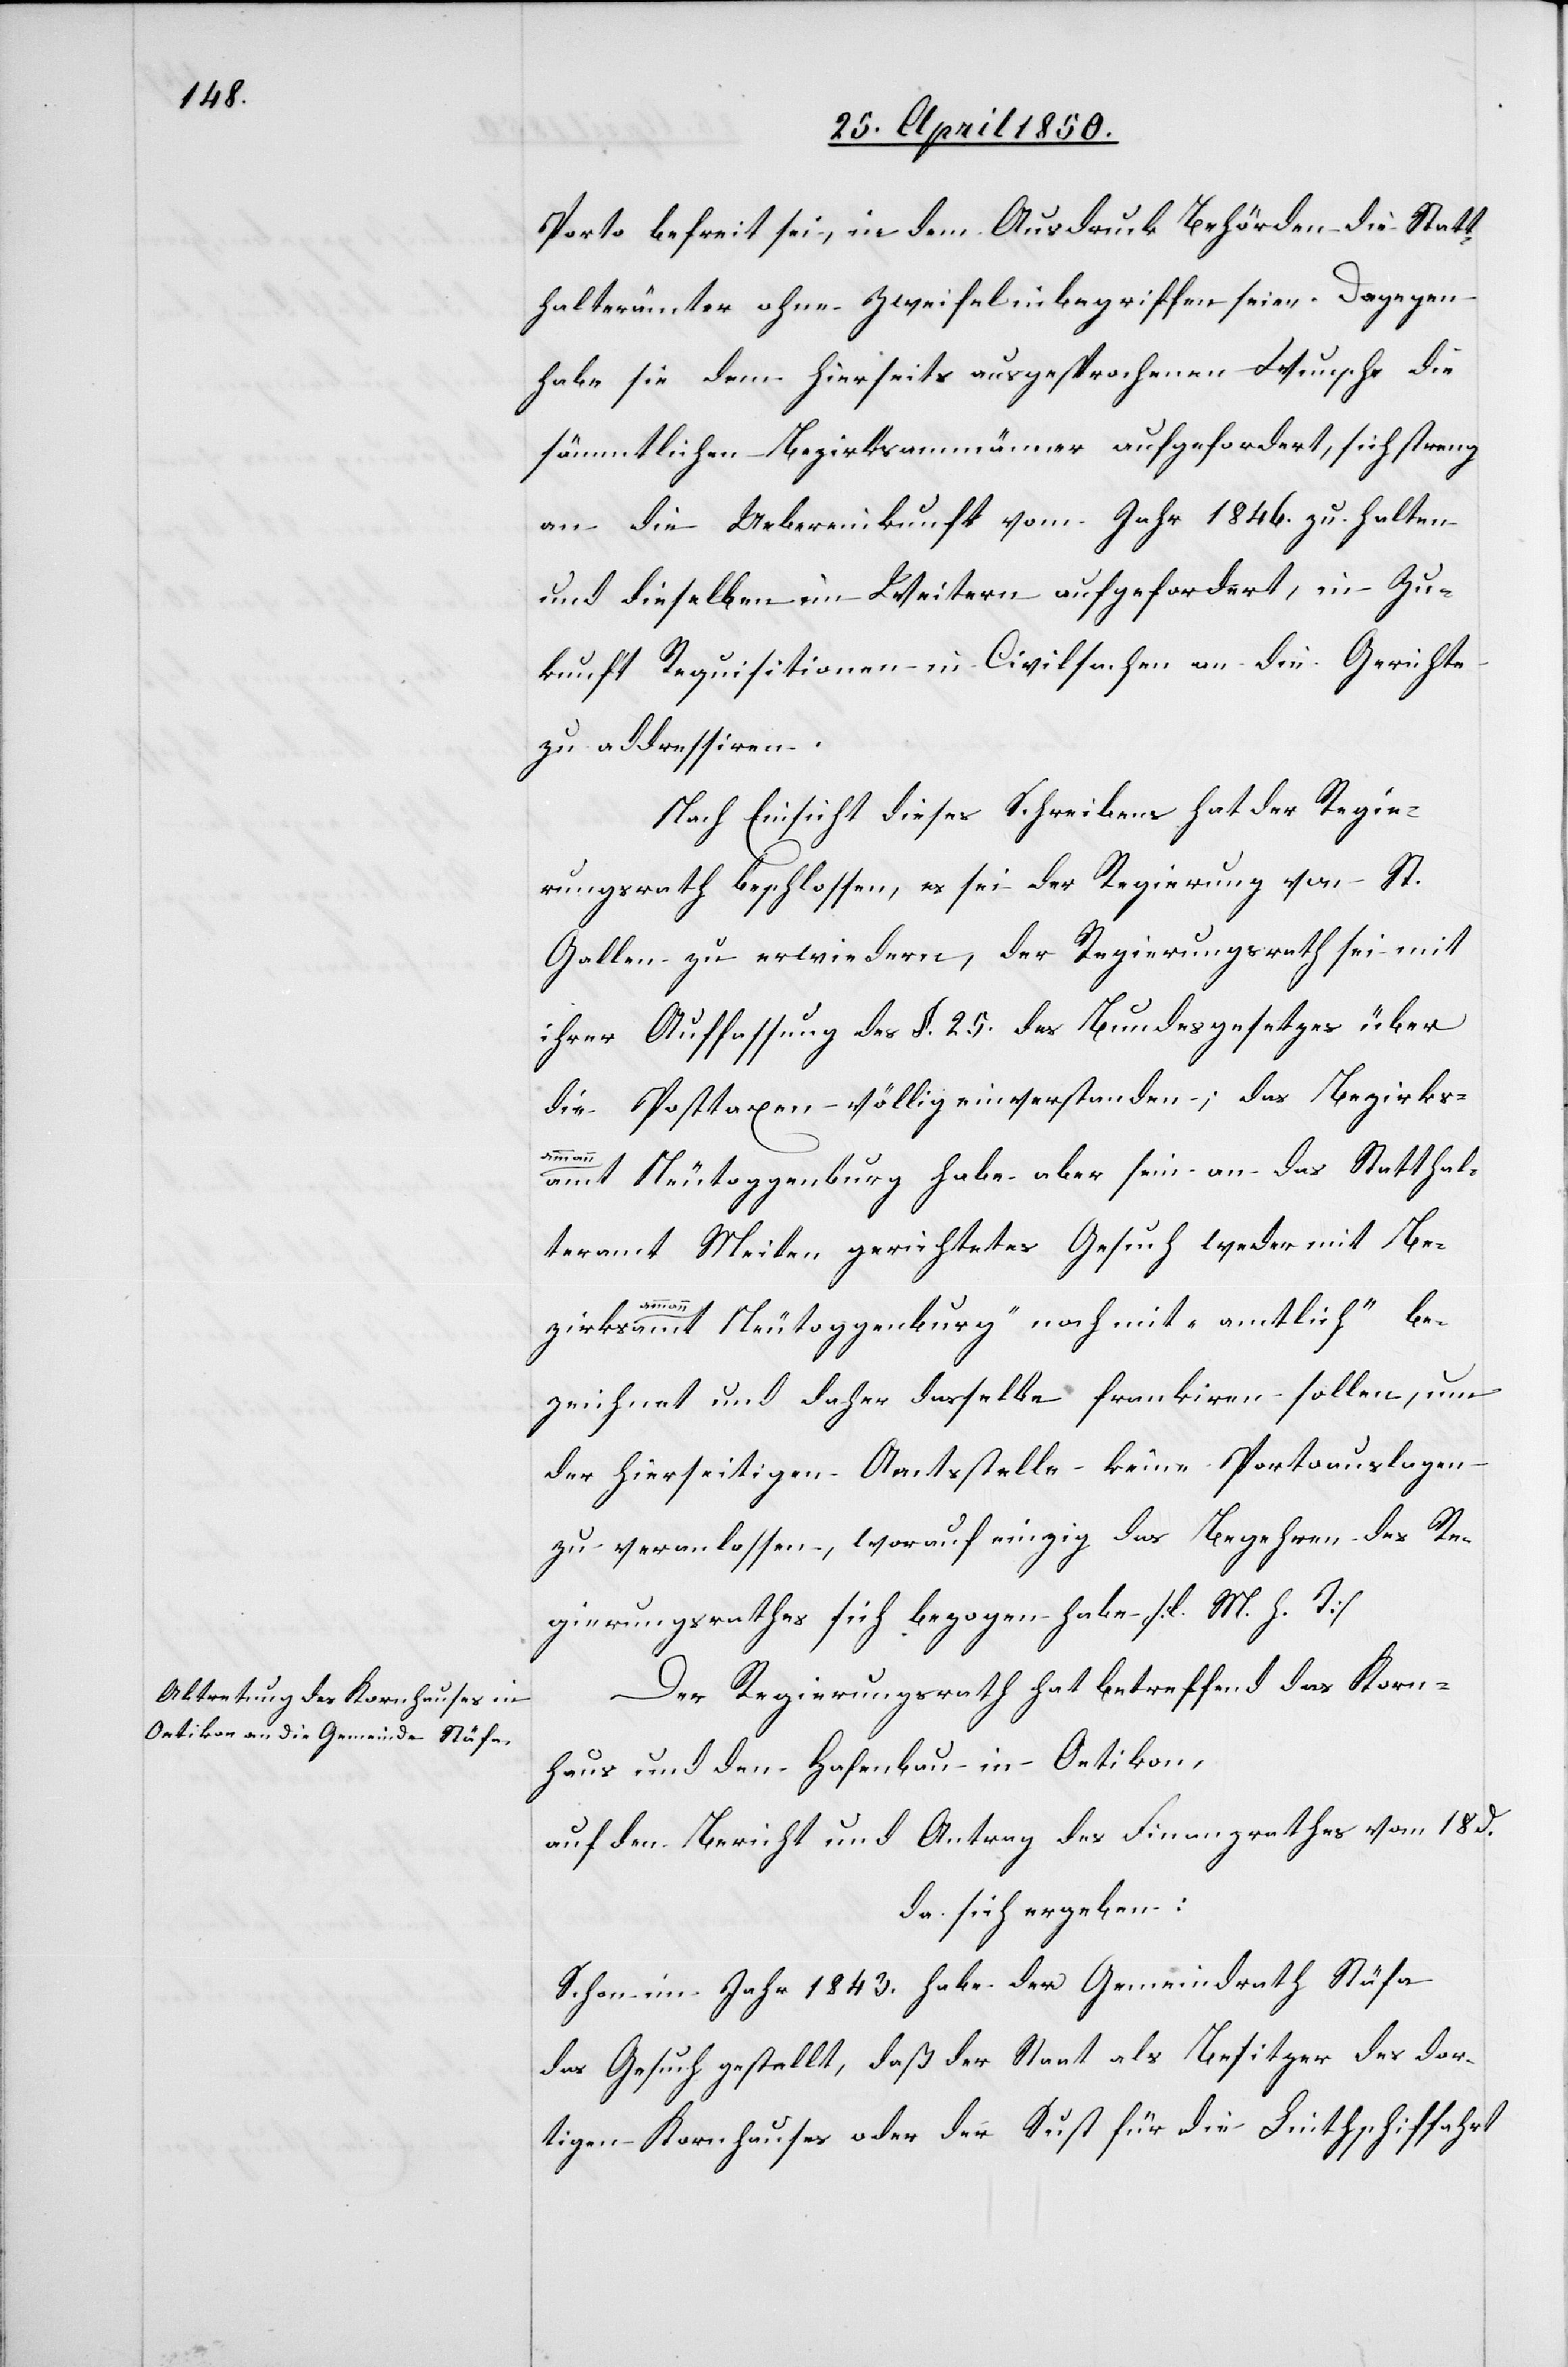
Porto befreit sei, in dem Ausdruck Behörden die Statt¬
halterämter ohne Zweifel inbegriffen seien. Dagegen
habe sie dem hierseits ausgesprochenen Wunsche
sämmtlichen Bezirksammänner aufgefordert, sich streng
an die Uebereinkunft vom Jahr 1846. zu halten
und dieselben im Weitern aufgefordert, in Zu¬
kunft Requisitionen in Civilsachen an die Gerichte
zu addressiren.
Nach Einsicht dieses Schreibens hat der Regie¬
rungsrath beschlossen, es sei der Regierung von St.
Gallen zu erwiedern, der Regierungsrath sei mit
ihrer Auffassung des §. 25. des Bundesgesetzes über
die Posttaxen völlig einverstanden; das Bezirks¬
ammann¬
amt Neutoggenburg habe aber sein an das Statthal¬
teramt Meilen gerichtetes Gesuch weder mit [„]Be¬
zirksammannamt Neutoggenburg“ noch mit „amtlich“ be¬
zeichnet und daher dasselbe frankiren sollen, um
der hierseitigen Amtsstelle keine Portoauslagen
zu veranlassen, worauf einzig das Begehren des Re¬
gierungsrathes sich bezogen habe [l. M. h. T]
Der Regierungsrath hat betreffend das Korn¬
haus und den Hafenbau in Oetikon,
auf den Bericht und Antrag des Finanzrathes vom 18 d.
da sich ergeben:
Schon im Jahr 1843. habe der Gemeindrath Stäfa
das Gesuch gestellt, daß der Staat als Besitzer des dor¬
tigen Kornhauses oder der Sust für die Linthschiffahrt